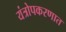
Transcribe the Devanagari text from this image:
यंत्रोपकरणात